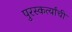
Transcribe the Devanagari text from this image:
पुरस्कर्त्यांची